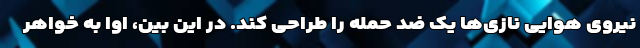
نیروی هوایی نازی‌ها یک ضد حمله را طراحی کند. در این بین، اوا به خواهر